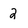
Character: 2